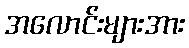
အလောင်းများအား